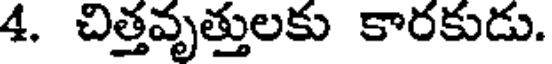
4. చిత్తవృత్తులకు కారకుడు.